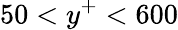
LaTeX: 50<y^{+}<600